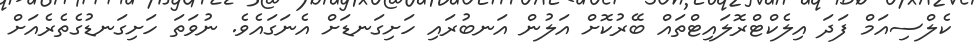
ކެލްސިއަމް ފަދަ އިލެކްޓްރޮލައިޓްތައް ބޭރުކޮށް އަލުން އަނބުރައި ހަށިގަނޑަށް އެނަގައެވެ. ނުވަތަ ހަށިގަނޑުގެތެރެއަށް